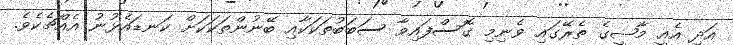
އަދި އެއީ މާޟީގެ ތެރޭގައި ވެނިމި ގޮސްފައިވާ ސަބަބުތަކަކާއި ބޭނުންތަކަކަށް ކަނޑައެޅުނު އެއްޗެކެވެ.